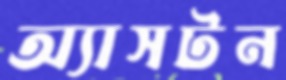
অ্যাসটন